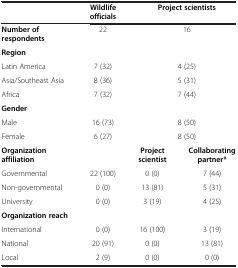
|  | Wildlife officials | <COLSPAN=2> Project scientists |
 | --- | --- | --- | --- |
 | Number of respondents | 22 | <COLSPAN=2> 16 |
 | Region |  | <COLSPAN=2>  |
 | Latin America | 7 (32) | <COLSPAN=2> 4 (25) |
 | Asia/Southeast Asia | 8 (36) | <COLSPAN=2> 5 (31) |
 | Africa | 7 (32) | <COLSPAN=2> 7 (44) |
 | Gender |  | <COLSPAN=2>  |
 | Male | 16 (73) | <COLSPAN=2> 8 (50) |
 | Female | 6 (27) | <COLSPAN=2> 8 (50) |
 | Organization affiliation |  | Project scientist | Collaborating partner* |
 | Governmental | 22 (100) | 0 (0) | 7 (44) |
 | Non-governmental | 0 (0) | 13 (81) | 5 (31) |
 | University | 0 (0) | 3 (19) | 4 (25) |
 | Organization reach |  |  |  |
 | International | 0 (0) | 16 (100) | 3 (19) |
 | National | 20 (91) | 0 (0) | 13 (81) |
 | Local | 2 (9) | 0 (0) | 0 (0) |